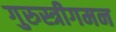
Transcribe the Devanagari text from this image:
गुरुस्त्रीगमन